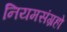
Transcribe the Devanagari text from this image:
नियमसंग्रहो